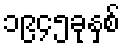
၁၉၄၅ခုနှစ်